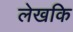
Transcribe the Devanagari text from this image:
लेखकि